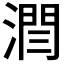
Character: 𣼐